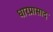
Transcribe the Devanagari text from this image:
धारप्रासाद